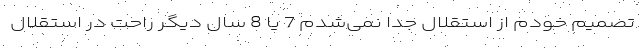
تصمیم خودم از استقلال جدا نمی‌شدم 7 یا 8 سال دیگر راحت در استقلال